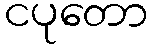
ငပုတော